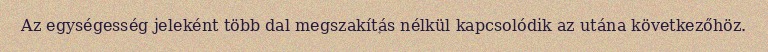
Az egységesség jeleként több dal megszakítás nélkül kapcsolódik az utána következőhöz.